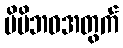
မိမိဘဝအတွက်